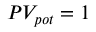
P V _ { p o t } = 1